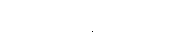
သိရှိနိုင်ရေးအတွက်